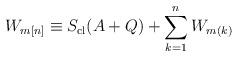
LaTeX: \begin{align*}W_{m[n]} \equiv S_{\rm cl}(A + Q) + \sum_{k = 1}^n W_{m(k)}\end{align*}